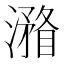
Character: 𣿧